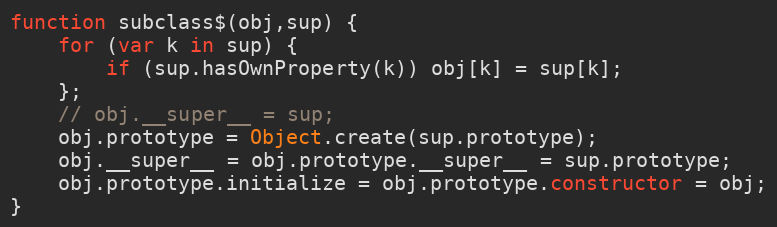
Language: JavaScript
function subclass$(obj,sup) {
	for (var k in sup) {
		if (sup.hasOwnProperty(k)) obj[k] = sup[k];
	};
	// obj.__super__ = sup;
	obj.prototype = Object.create(sup.prototype);
	obj.__super__ = obj.prototype.__super__ = sup.prototype;
	obj.prototype.initialize = obj.prototype.constructor = obj;
}